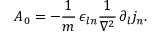
A _ { 0 } = - \frac { 1 } { m } \, \epsilon _ { l n } \frac { 1 } { \nabla ^ { 2 } } \, \partial _ { l } j _ { n } .